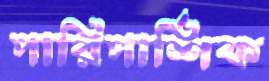
পারিপার্শিক